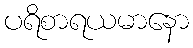
ပရိစာရယမာနော